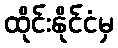
ထိုင်းနိုင်ငံမှ